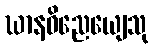
ဃာနဝိညေယျေသု